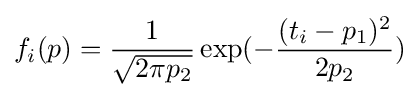
f_{i}(p)={\frac {1}{\sqrt {2\pi p_{2}}}}\exp(-{\frac {(t_{i}-p_{1})^{2}}{2p_{2}}})